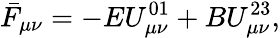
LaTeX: \bar{F}_{\mu\nu}=-EU_{\mu\nu}^{01}+BU_{\mu\nu}^{23},